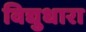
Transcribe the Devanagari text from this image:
विद्युधारा